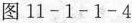
图11-1-1-4